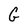
Character: G